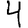
Digit: 4